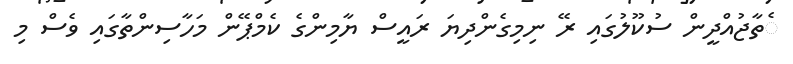
ެތާޖުއްދީން ސުކޫލުގައި ރޭ ނިމިގެންދިޔަ ރައީސް ޔާމިންގެ ކެމްޕޭން މަހާސިންތާގައި ވެސް މި